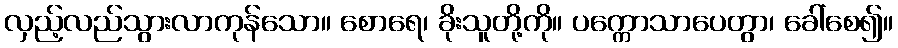
လှည့်လည်သွားလာကုန်သော။ စောရေ၊ ခိုးသူတို့ကို။ ပက္ကောသာပေတွာ၊ ခေါ်စေ၍။